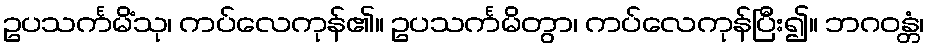
ဥပသင်္ကမိံသု၊ ကပ်လေကုန်၏။ ဥပသင်္ကမိတွာ၊ ကပ်လေကုန်ပြီး၍။ ဘဂဝန္တံ၊